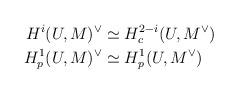
LaTeX: \begin{align*} H^i(U,M)^\vee&\simeq H^{2-i}_c(U,M^\vee)\\ H^1_p(U,M)^\vee&\simeq H^1_p(U,M^\vee) \end{align*}